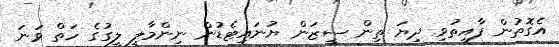
އެގޮތުން ފާއިތުވި ދިޔަ ތިން ސީޒަން ޔުނައިޓެޑުން ނިންމާލީ ލީގުގެ ހަތް ވަނަ